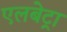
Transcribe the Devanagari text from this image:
एलबेट्रा